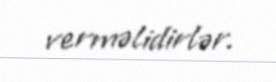
verməlidirlər.